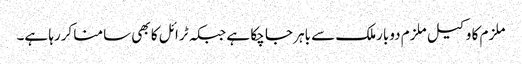
ملزم کا وکیل ملزم دوبارملک سے باہر جا چکا ہے جبکہ ٹرائل کا بھی سامنا کررہا ہے۔